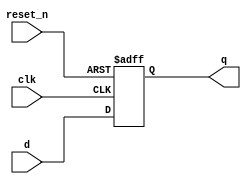
// D Flip-Flop with Asynchronous Reset
module flip_flop (
  input clk,
  input reset_n,
  input d,
  output reg q
);
  always @(posedge clk or negedge reset_n) begin
    begin
      if (!reset_n) q <= 0;
      else q <= d;
    end
  end
endmodule